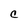
Character: c